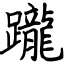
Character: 躘